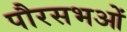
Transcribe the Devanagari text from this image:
पौरसभओं